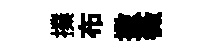
擈布撒薇